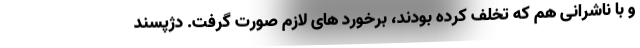
و با ناشرانی هم که تخلف کرده بودند، برخورد های لازم صورت گرفت. دژپسند